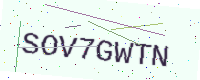
Text: SOV7GWTN